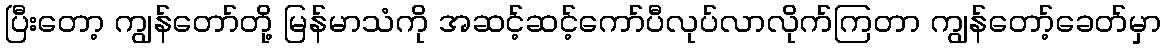
ပြီးတော့ ကျွန်တော်တို့ မြန်မာသံကို အဆင့်ဆင့်ကော်ပီလုပ်လာလိုက်ကြတာ ကျွန်တော့်ခေတ်မှာ